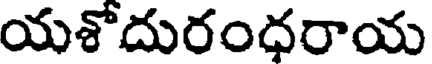
యశోదురంధరాయ